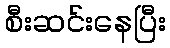
စီးဆင်းနေပြီး